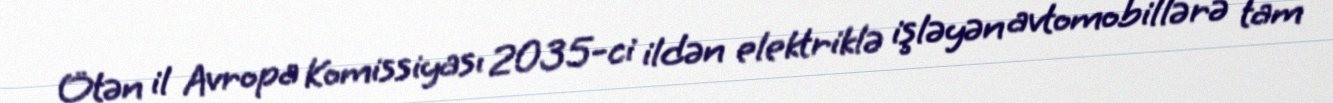
Ötən il Avropa Komissiyası 2035-ci ildən elektriklə işləyən avtomobillərə tam